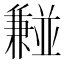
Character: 𫡂